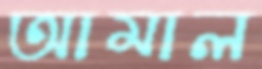
আমাল